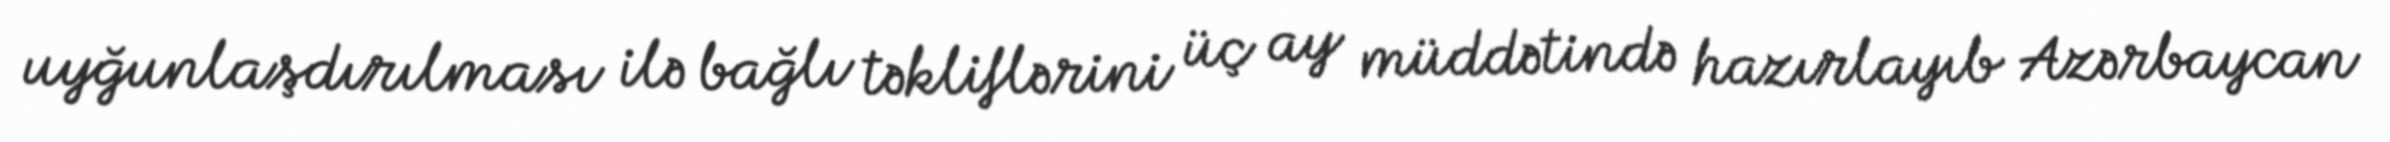
uyğunlaşdırılması ilə bağlı təkliflərini üç ay müddətində hazırlayıb Azərbaycan